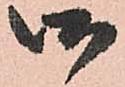
御